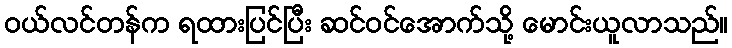
ဝယ်လင်တန်က ရထားပြင်ပြီး ဆင်ဝင်အောက်သို့ မောင်းယူလာသည်။